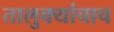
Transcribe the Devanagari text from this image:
तालुक्यांचाच